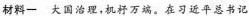
材料一 大国治理，机杼万端。在习近平总书记